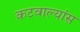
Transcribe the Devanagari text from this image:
कटवाल्यांस